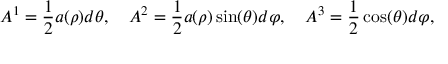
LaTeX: A ^ { 1 } = { \frac { 1 } { 2 } } a ( \rho ) d \theta , \quad A ^ { 2 } = { \frac { 1 } { 2 } } a ( \rho ) \sin ( \theta ) d \varphi , \quad A ^ { 3 } = { \frac { 1 } { 2 } } \cos ( \theta ) d \varphi ,